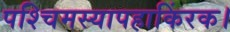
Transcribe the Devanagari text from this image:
पश्चिमस्यापहाकिंरक।